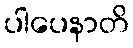
ပါပေနာတိ